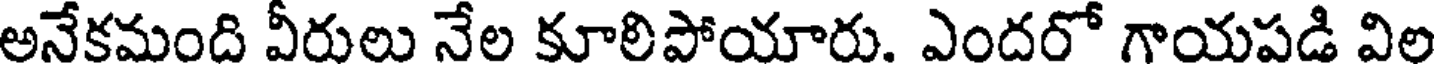
అనేకమంది వీరులు నేల కూలిపోయారు. ఎందరో గాయపడి విల